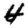
Digit: 4